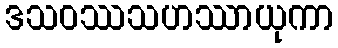
ဒသဝဿသဟဿာယုကာ